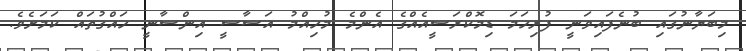
މިބަޔާނުގައި ބުނެފައިވަނީ ފުރިހަމަ ޑިމޮކްރަސީއެއްގެ އެންމެ މުހިއްމު އަސާސީ އިންސާނީ ހައްގުތައް ކަމަށެވެ.